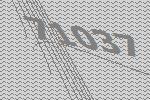
71037